Vaccination Hyderabad 1890-1903 - 1890-1903
Year: 1890
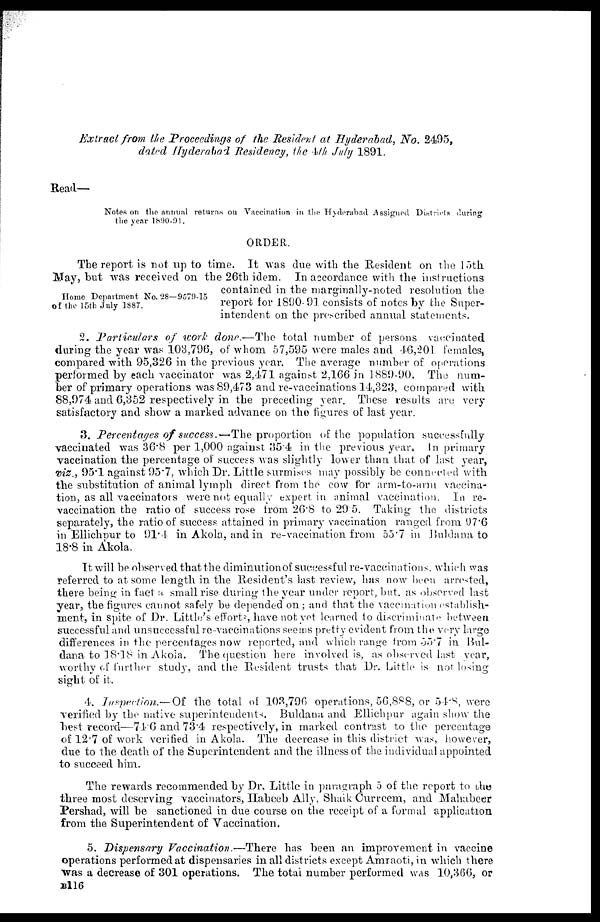
Extract from the Proceedings of the Resident at Hyderabad, No. 2495,
dated Hyderabad Residency, the 4th July 1891.
Read—
Notes on the annual returns on Vaccination in the Hyderabad Assigned Districts during
the year 1890-91.
ORDER.
Home Department No.28—9579-15
of the 15th July 1887.
The report is not up to time. It was due with the Resident on the 15th
May, but was received on the 26th idem. In accordance with the instructions
contained in the marginally-noted resolution the
report for 1890-91 consists of notes by the Super-
intendent on the prescribed annual statements.
2. Particulars
of work done.—The total number of persons vaccinated
during the year was 103,796, of whom 57,595 were males and 46,201 females,
compared with 95,326 in the previous year. The average number of operations
performed by each vaccinator was 2,471 against 2,166 in 1889-90. The num-
ber of primary operations was 89,473 and re-vaccinations 14,323, compared with
88,974 and 6,352 respectively in the preceding year. These results are very
satisfactory and show a marked advance on the figures of last year.
3. Percentages of success.—-The proportion of the population successfully
vaccinated was 36.8 per 1,000 against 35.4 in the previous year. In primary
vaccination the percentage of success was slightly lower than that of last year,
viz., 95.1 against 95.7, which Dr. Little surmises may possibly be connected with
the substitution of animal lymph direct from the cow for arm-to-arm vaccina-
tion, as all vaccinators were not equally expert in animal vaccination. In re-
vaccination the ratio of success rose from 26.8 to 29.5. Taking the districts
separately, the ratio of success attained in primary vaccination ranged from 97.6
in Ellichpur to 91.4 in Akola, and in re-vaccination from 55.7 in Buldana to
18.8 in Akola.
It will be observed that the diminution of successful re-vaccinations, which was
referred to at some length in the Resident's last review, has now been arrested,
there being in fact a small rise during the year under report, but as observed last
year, the figures cannot safely be depended on; and that the vaccination establish-
ment, in spite of Dr. Little's efforts, have not yet learned to discriminate between
successful and unsuccessful re-vaccinations seems pretty evident from the very large
differences in the percentages now reported, and which range from 55.7 in Bul-
dana to 18.18 in Akola. The question here involved is, as observed last year,
worthy of further study, and the Resident trusts that Dr. Little is not losing
sight of it.
4. Inspection.—Of
the total of 103,796 operations, 56,888, or 54.8, were
verified by the native superintendents. Buldana and Ellichpur again show the
best record—74.6 and 73.4 respectively, in marked contrast to the percentage
of 12.7 of work verified in Akola. The decrease in this district was, however,
due to the death of the Superintendent and the illness of the individual appointed
to succeed him.
The rewards recommended by Dr. Little in paragraph 5 of the report to the
three most deserving vaccinators, Habeeb Ally, Shaik Currcem, and Mahabeer
Pershad, will be sanctioned in due course on the receipt of a formal application
from the Superintendent of Vaccination.
5. Dispensary Vaccination.—There
has been an improvement in vaccine
operations performed at dispensaries in all districts except Amraoti, in which there
was a decrease of 301 operations. The total number performed was 10,366, or
B116